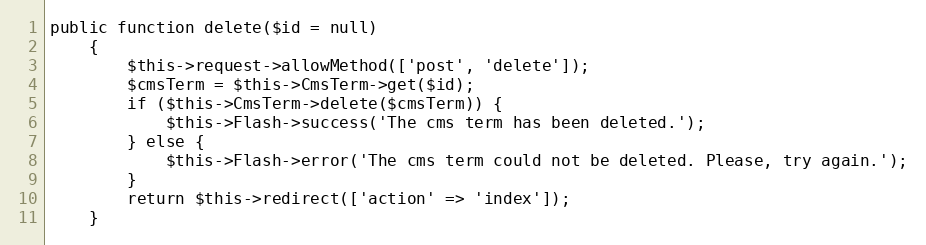
Language: PHP
public function delete($id = null)
    {
        $this->request->allowMethod(['post', 'delete']);
        $cmsTerm = $this->CmsTerm->get($id);
        if ($this->CmsTerm->delete($cmsTerm)) {
            $this->Flash->success('The cms term has been deleted.');
        } else {
            $this->Flash->error('The cms term could not be deleted. Please, try again.');
        }
        return $this->redirect(['action' => 'index']);
    }